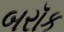
બરૉક